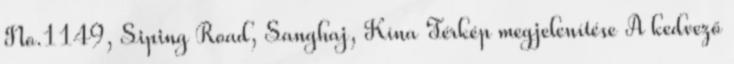
No.1149, Siping Road, Sanghaj, Kína Térkép megjelenítése A kedvező